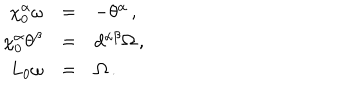
\renewcommand { \arraystretch } { 1 . 2 } \begin{array} { r c l } { { \chi _ { 0 } ^ { \alpha } \omega } } & { { = } } & { { - \theta ^ { \alpha } \, , } } \\ { { \chi _ { 0 } ^ { \alpha } \theta ^ { \beta } } } & { { = } } & { { d ^ { \alpha \beta } \Omega \, , } } \\ { { L _ { 0 } \omega } } & { { = } } & { { \Omega \, . } } \\ \end{array}